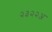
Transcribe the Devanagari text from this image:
२३२२अ